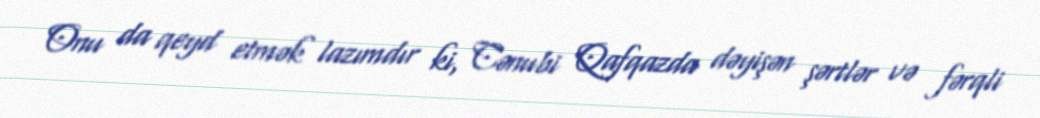
Onu da qeyd etmək lazımdır ki, Cənubi Qafqazda dəyişən şərtlər və fərqli